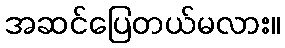
အဆင်ပြေတယ်မလား။